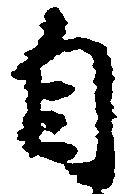
自